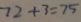
7 2 + 3 = 7 5